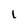
Character: 1